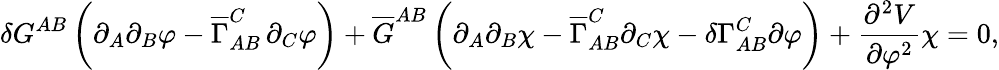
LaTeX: \delta G^{AB}\, \biggl(\partial_{A}\partial_{B}\varphi-\overline{{{\Gamma}}}_{AB}^{C}\, \partial_{C}\varphi\biggr)+\overline{{{G}}}^{AB}\, \biggl(\partial_{A}\partial_{B}\chi-\overline{{{\Gamma}}}_{AB}^{C}\partial_{C}\chi-\delta\Gamma_{AB}^{C}\partial\varphi\biggr)+\frac{\partial^{2}V}{\partial\varphi^{2}}\chi=0,